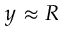
y \approx R